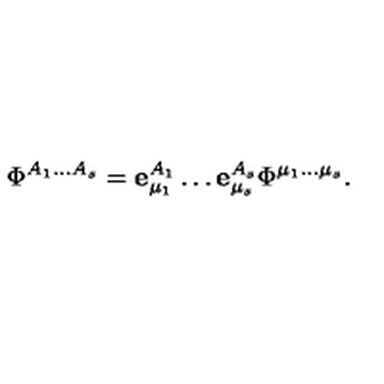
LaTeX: \Phi ^ { A _ { 1 } \ldots A _ { s } } = { \bf e } _ { \mu _ { 1 } } ^ { A _ { 1 } } \ldots { \bf e } _ { \mu _ { s } } ^ { A _ { s } } \Phi ^ { \mu _ { 1 } \ldots \mu _ { s } } .